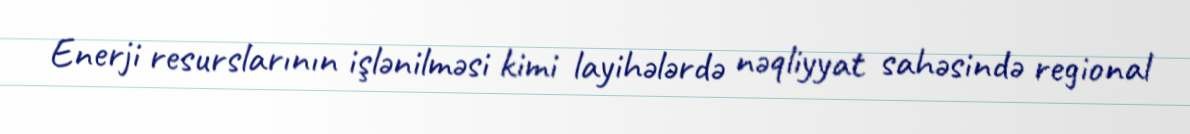
Enerji resurslarının işlənilməsi kimi layihələrdə nəqliyyat sahəsində regional